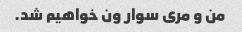
من و مری سوار ون خواهیم شد.